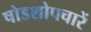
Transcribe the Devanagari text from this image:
षोडशोपचारें